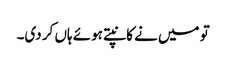
تو میں نے کانپتے ہوئے ہاں کر دی۔